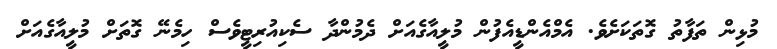
މުޅިން ތަފާތު ގޮތަކަށެވެ. އެމްއެންޑީއެފުން މުލީއާގެއަށް ދެމުންދާ ސެކިއުރިޓީވެސް ހިމެނޭ ގޮތަށް މުލީއާގެއަށް